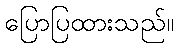
ပြောပြထားသည်။